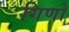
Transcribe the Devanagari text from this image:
गिणों